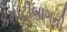
કમાટીબાગની